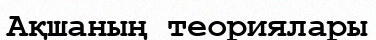
Ақшаның теориялары